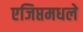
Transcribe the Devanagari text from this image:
एजिप्तमधले